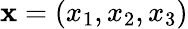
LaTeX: \mathbf{x}=(x_{1},x_{2},x_{3})